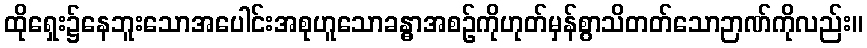
ထိုရှေး၌နေဘူးသောအပေါင်းအစုဟူသောခန္ဓာအစဉ်ကိုဟုတ်မှန်စွာသိတတ်သောဉာဏ်ကိုလည်း။